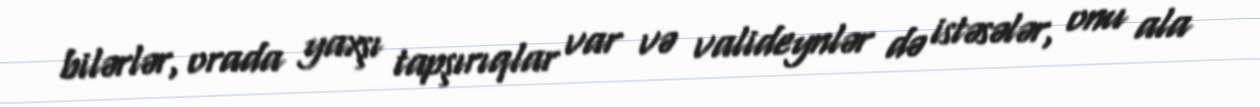
bilərlər, orada yaxşı tapşırıqlar var və valideynlər də istəsələr, onu ala